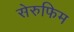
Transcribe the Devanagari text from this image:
सेरुफिम